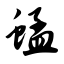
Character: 蜢